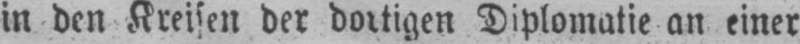
in den Kreisen der dortigen Diplomatie an einer